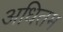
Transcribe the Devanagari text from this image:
अधितम